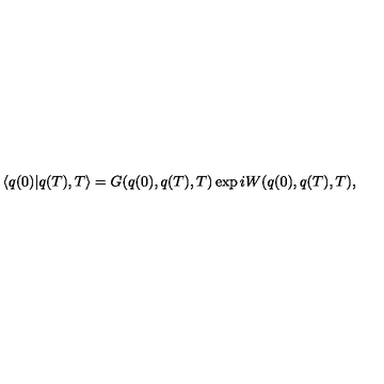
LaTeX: \langle q ( 0 ) | q ( T ) , T \rangle = G ( q ( 0 ) , q ( T ) , T ) \exp i W ( q ( 0 ) , q ( T ) , T ) ,